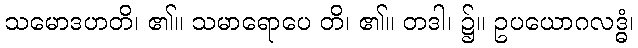
သမောဒဟတိ၊ ၏။ သမာရောပေ တိ၊ ၏။ တဒါ၊ ၌။ ဥပယောဂလဒ္ဓံ၊